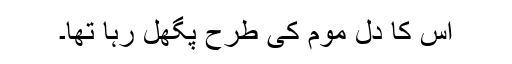
اس کا دل موم کی طرح پگھل رہا تھا۔